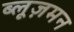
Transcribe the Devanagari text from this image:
ब्लूज़मन